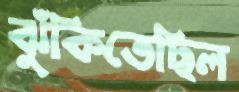
ঝুঁকিতেছিল